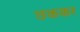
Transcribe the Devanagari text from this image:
छककर